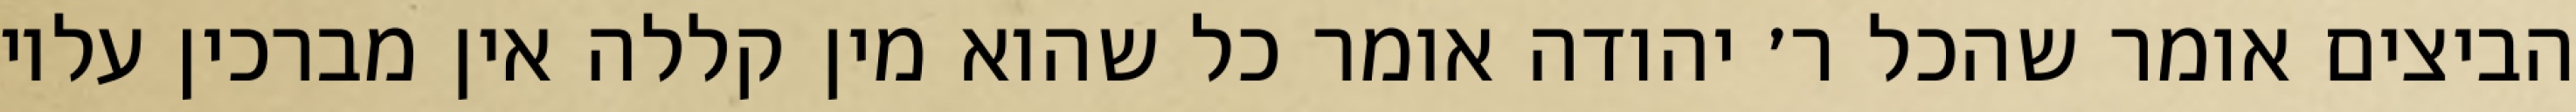
הביצים אומר שהכל ר׳ יהודה אומר כל שהוא מין קללה אין מברכין עליו